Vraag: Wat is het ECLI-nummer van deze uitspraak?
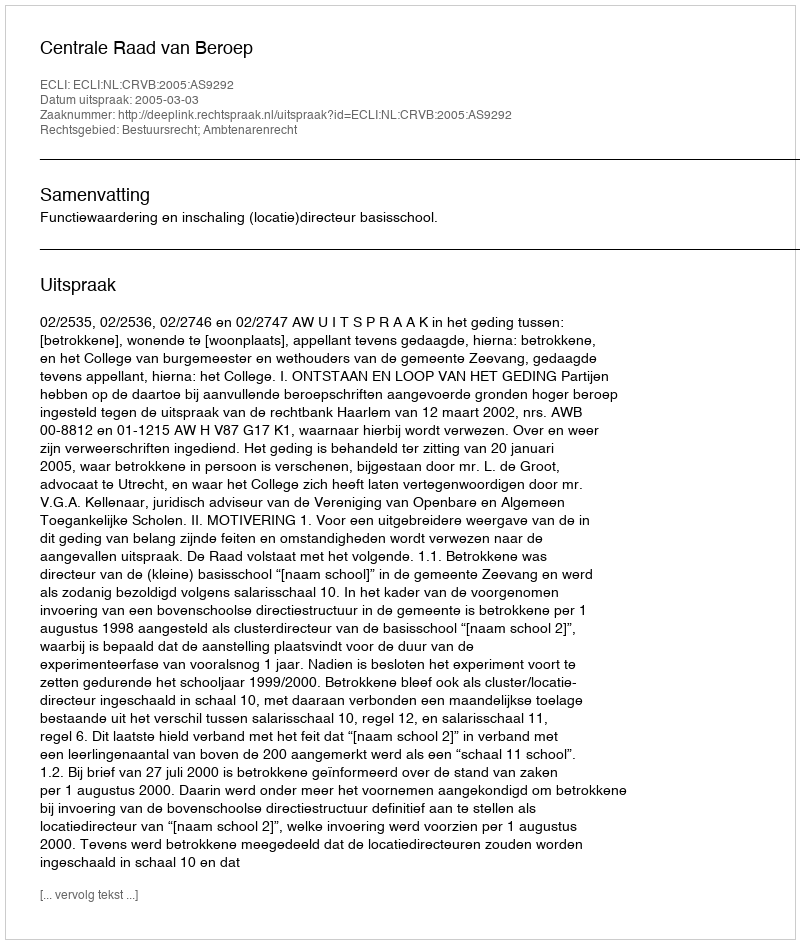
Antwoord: ECLI:NL:CRVB:2005:AS9292